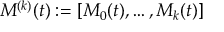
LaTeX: M ^ { ( k ) } ( t ) : = \left[ M _ { 0 } ( t ) , \ldots , M _ { k } ( t ) \right]